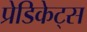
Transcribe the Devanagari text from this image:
प्रेडिकेट्स